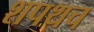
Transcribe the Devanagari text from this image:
शपथच